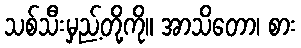
သစ်သီးမှည့်တို့ကို။ အာသိတော၊ စား